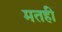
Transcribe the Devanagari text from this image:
मतही